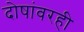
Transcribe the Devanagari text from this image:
दोषांवरही